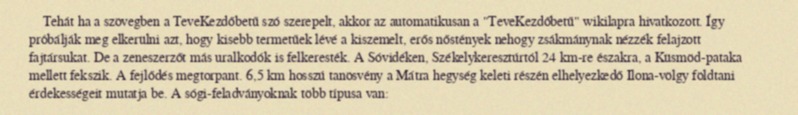
Tehát ha a szövegben a TeveKezdőbetű szó szerepelt, akkor az automatikusan a "TeveKezdőbetű" wikilapra hivatkozott. Így próbálják meg elkerülni azt, hogy kisebb termetűek lévé a kiszemelt, erős nőstények nehogy zsákmánynak nézzék felajzott fajtársukat. De a zeneszerzőt más uralkodók is felkeresték. A Sóvidéken, Székelykeresztúrtól 24 km-re északra, a Küsmöd-pataka mellett fekszik. A fejlődés megtorpant. 6,5 km hosszú tanösvény a Mátra hegység keleti részén elhelyezkedő Ilona-völgy földtani érdekességeit mutatja be. A sógi-feladványoknak több típusa van: